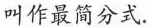
叫作最简分式.